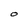
Character: O